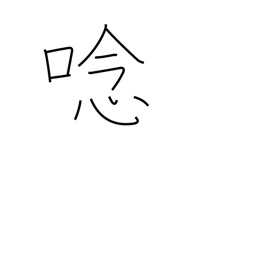
Meaning: roar